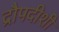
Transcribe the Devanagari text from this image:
द्रौपदीशी